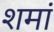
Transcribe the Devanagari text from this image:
शमां